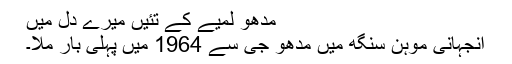
مدھو لمیے کے تئیں میرے دل میں
آنجہانی موہن سنگھ میں مدھو جی سے 1964 میں پہلی بار ملا۔